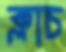
ক্লাচ